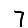
Digit: 7